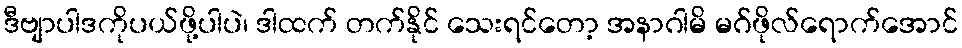
ဒီဗျာပါဒကိုပယ်ဖို့ပါပဲ၊ ဒါထက် တက်နိုင် သေးရင်တော့ အနာဂါမိ မဂ်ဖိုလ်ရောက်အောင်